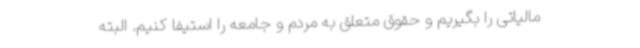
مالیاتی را بگیریم و حقوق متعلق به مردم و جامعه را استیفا کنیم. البته